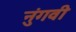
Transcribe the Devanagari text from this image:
नुंगवी